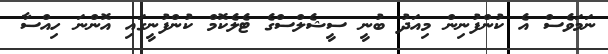
ނަމަވެސް އެ ކުންފުނިން މިއަދު ބުނީ ސީޝެލްސްގެ ޓެލެކޮމް ކުންފުނީގައި އޮންނަ ހިއްސާ